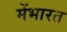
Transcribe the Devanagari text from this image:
मेंभारत